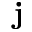
\mathbf { j }